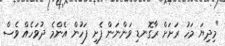
"މިދިޔަ މަހު ރަށަށް ރާގޮނޑި ވަންނަން ފެށި ފަހުން އެންމެ ދުވަހެއް ވެސް